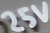
Text: 25V